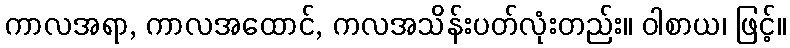
ကာလအရာ, ကာလအထောင်, ကလအသိန်းပတ်လုံးတည်း။ ဝါစာယ၊ ဖြင့်။